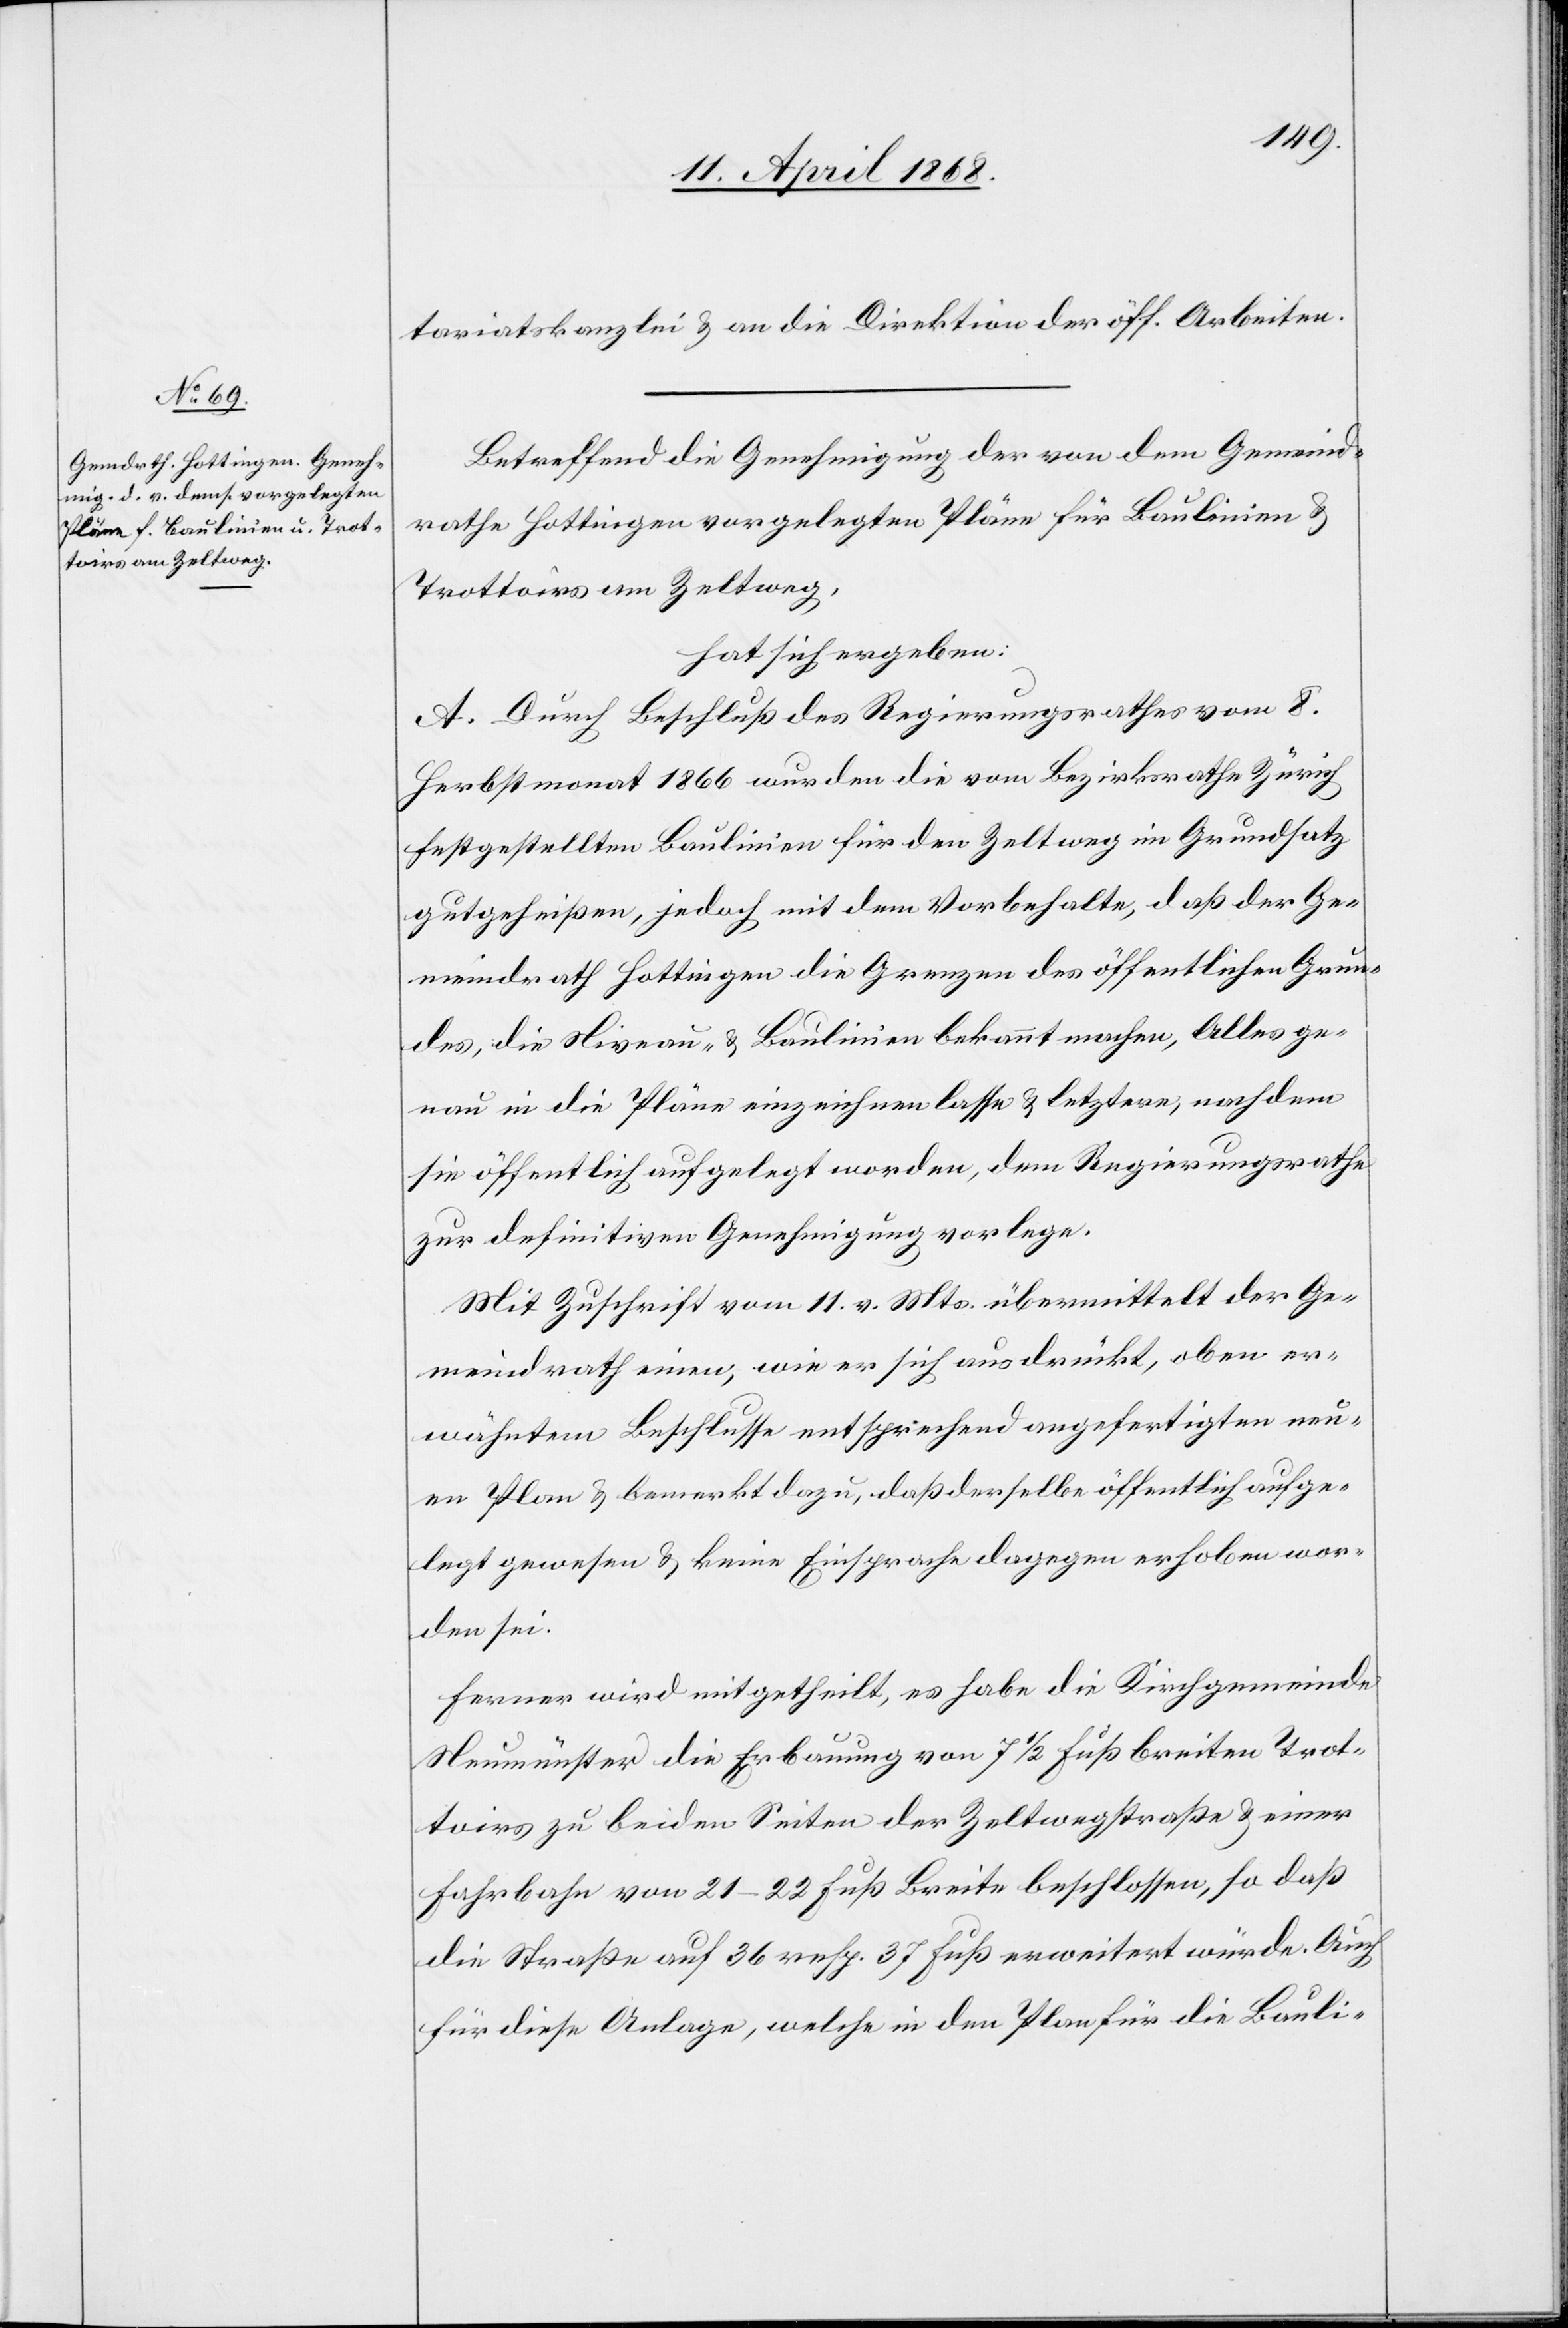
tariatskanzlei & an die Direktion der öff. Arbeiten.
Betreffend die Genehmigung der von dem Gemeind¬
rathe Hottingen vorgelegten Pläne für Baulinien &
Trottoirs am Zeltweg,
hat sich ergeben:
A. Durch Beschluß des Regierungsrathes vom 8.
Herbstmonat 1866 wurden die vom Bezirksrathe Zürich
festgestellten Baulinien für den Zeltweg im Grundsatz
gutgeheißen, jedoch mit dem Vorbehalte, daß der Ge¬
meindrath Hottingen die Grenzen des öffentlichen Grun¬
des, die Niveau- & Baulinien bekannt machen, Alles ge¬
nau in die Pläne einzeichnen lasse & letztere, nachdem
sie öffentlich aufgelegt wurden, dem Regierungsrathe
zur definitiven Genehmigung vorlege.
Mit Zuschrift vom 11. v. Mts. übermittelt der Ge¬
meindrath einen, wie er sich ausdrückt, oben er¬
wähntem Beschlusse entsprechend angefertigten neu¬
en Plan & bemerkt dazu, daß derselbe öffentlich aufge¬
legt gewesen & keine Einsprache dagegen erhoben wor¬
den sei.
Ferner wird mitgetheilt, es habe die Kirchgemeinde
Neumünster die Erbauung von 7 1/2 Fuß breiten Trot¬
toirs zu beiden Seiten der Zeltwegstraße & einer
Fahrbahn von 21–22 Fuß Breite beschlossen, so daß
die Straße auf 36 resp. 37 Fuß erweitert würde. Auch
für diese Anlage, welche in den Plan für die Bauli-